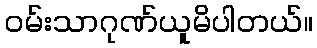
ဝမ်းသာဂုဏ်ယူမိပါတယ်။